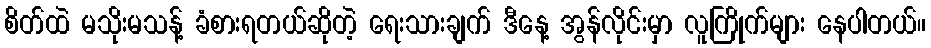
စိတ်ထဲ မသိုးမသန့် ခံစားရတယ်ဆိုတဲ့ ရေးသားချက် ဒီနေ့ အွန်လိုင်းမှာ လူကြိုက်များ နေပါတယ်။